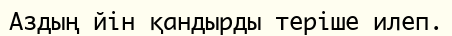
Аздың йін қандырды теріше илеп.